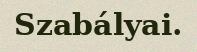
Szabályai.